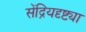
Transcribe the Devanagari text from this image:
सेंद्रियदृष्ट्या